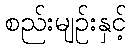
စည်းမျဉ်းနှင့်